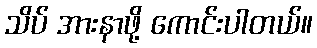
သိပ် အားနာဖို့ ကောင်းပါတယ်။